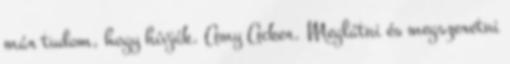
már tudom, hogy hívják. Amy Acker. Meglátni és megszeretni